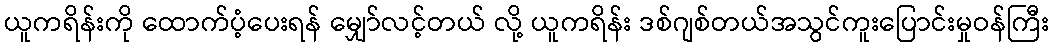
ယူကရိန်းကို ထောက်ပံ့ပေးရန် မျှော်လင့်တယ် လို့ ယူကရိန်း ဒစ်ဂျစ်တယ်အသွင်ကူးပြောင်းမှုဝန်ကြီး